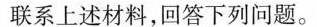
联系上述材料，回答下列问题。